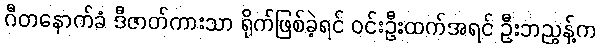
ဂီတနောက်ခံ ဒီဇာတ်ကားသာ ရိုက်ဖြစ်ခဲ့ရင် ဝင်းဦးထက်အရင် ဦးဘညွန့်က